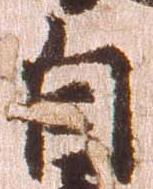
自